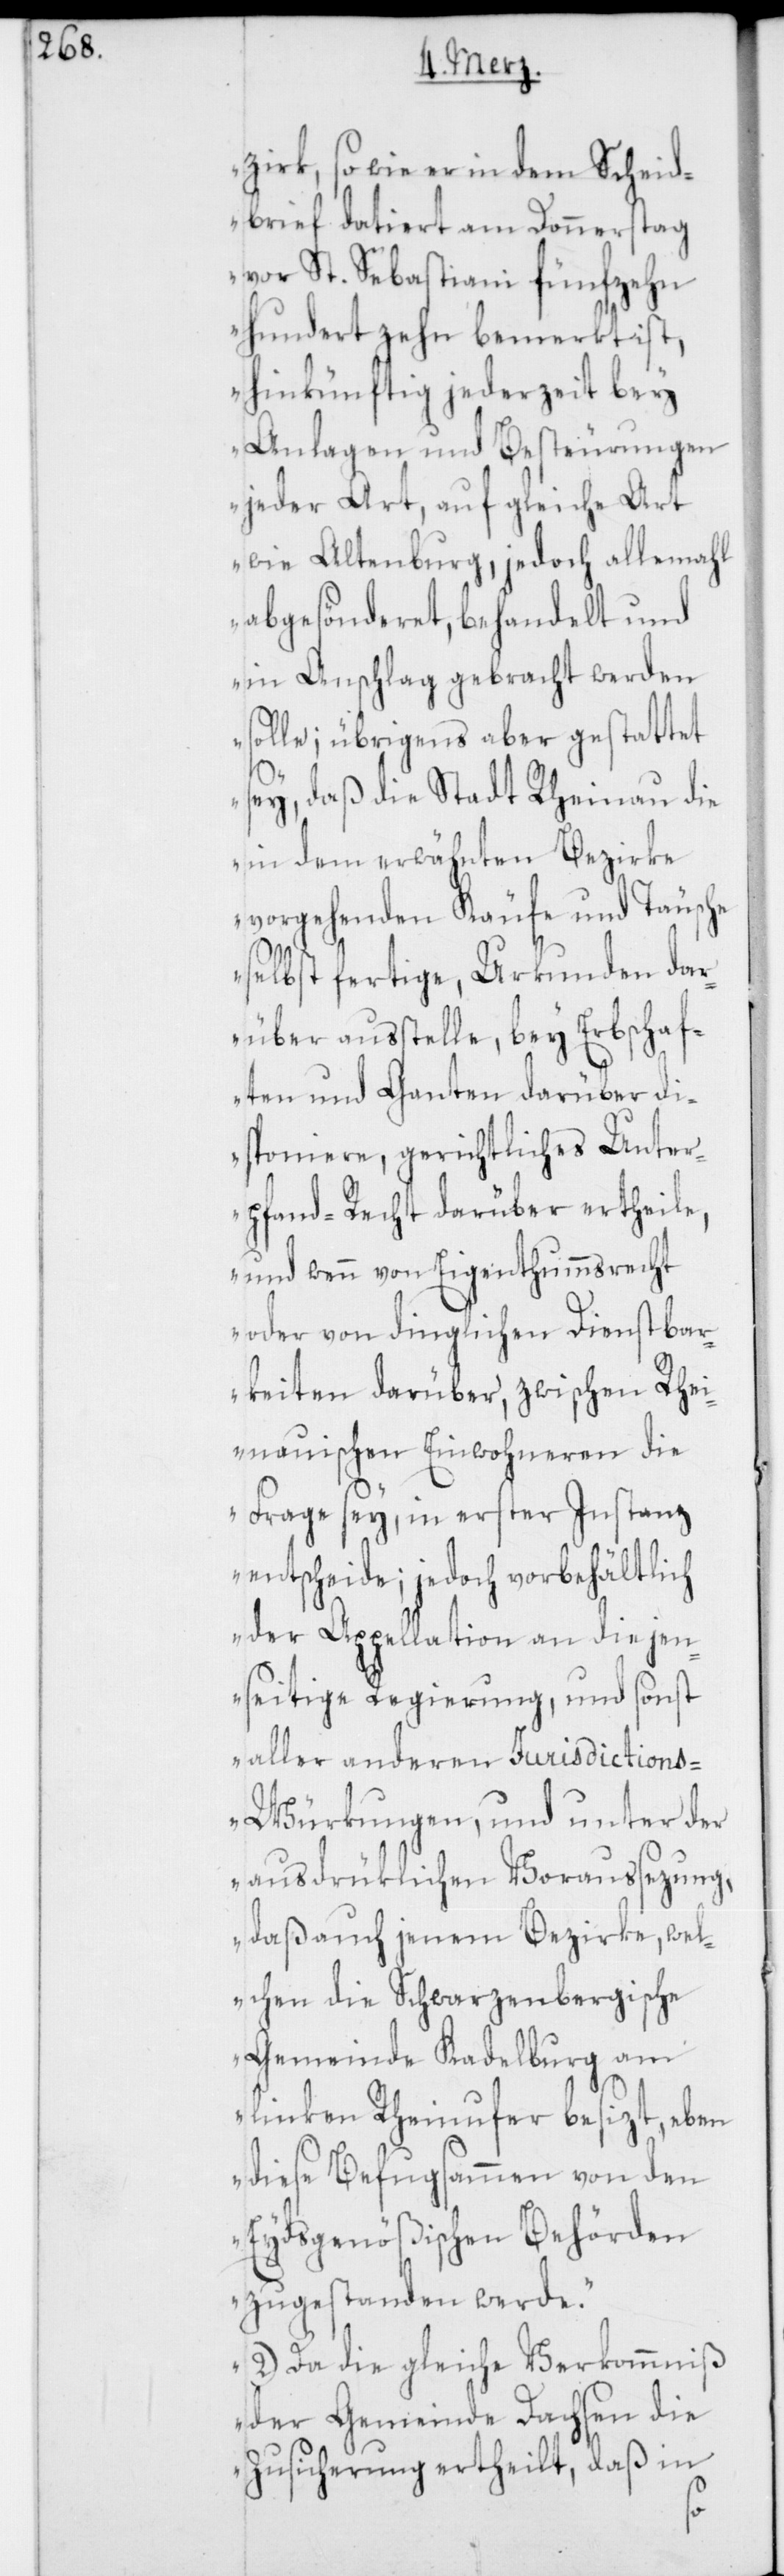
zirk, so wie er in dem Scheid¬
brief datiert am Donnerstag
vor St. Sebastiani fünfzehn
hundert zehn bemerkt ist,
hinkünftig jederzeit bey
Anlagen und Besteurungen
jeder Art, auf gleiche Art
wie Altenburg, jedoch allemahl
abgesönderet, behandelt und
in Anschlag gebracht werden
solle; übrigens aber gestattet
sey, daß die Stadt Rheinau die
in dem erwähnten Bezirke
vorgehenden Käufe und Täusche
selbst fertige, Urkunden dar¬
über ausstelle, bey Erbschaf¬
ten und Ganten darüber di¬
sponiere, gerichtliches Unter¬
pfand-Recht darüber ertheile,
und wenn von Eigenthumsrecht
oder von dringlichen Dienstbar¬
keiten darüber, zwischen Rhei¬
nauischen Einwohneren die
Frage sey, in erster Instanz
entscheide; jedoch vorbehältlich
der Appellation an die jen¬
seitige Regierung, und sonst
aller anderer Jurisdiction¬
s-Würkungen, und unter der
ausdrüklichen Voraussetzung,
daß auch jenem Bezirke, wel¬
chen die Schwarzenbergische
Gemeinde Kadelburg am
linken Rheinufer besizt, eben
diese Befugsammen von den
Eydsgenößischen Behörden
zugestanden werde.“
2. Da die gleiche Verkommniß
der Gemeinde Dachsen die
Zusicherung ertheilt, daß in